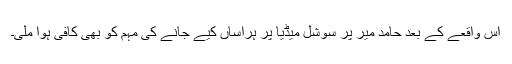
اس واقعے کے بعد حامد میر پر سوشل میڈیا پر ہراساں کیے جانے کی مہم کو بھی کافی ہوا ملی۔